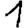
Digit: 1